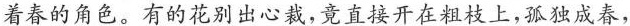
着春的角色。有的花别出心裁，竟直接开在粗枝上，孤独成春，